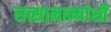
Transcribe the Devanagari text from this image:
सत्सामान्यांशी